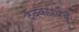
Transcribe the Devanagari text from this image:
देवकप्रथेचे